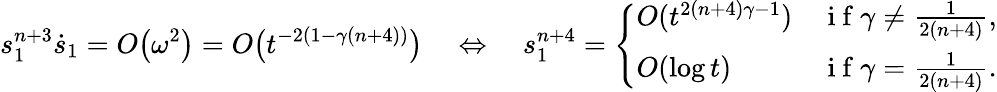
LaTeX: s_{1}^{n+3}\dot{s}_{1}=O\big(\omega^{2}\big)\stackrel{}{=}O\big(t^{-2(1-\gamma(n+4))}\big)\quad\Leftrightarrow\quad s_{1}^{n+4}=\left\{ \begin{array}{ll}{O(t^{2(n+4)\gamma-1})}&{\mathrm{~i~f~}\gamma\ne\frac 1{2(n+4)},}\\ {O(\log t)}&{\mathrm{~i~f~}\gamma=\frac 1{2(n+4)}.}\end{array}\right.